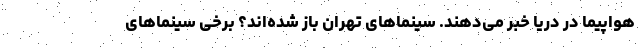
هواپیما در دریا خبر می‌دهند. سینماهای تهران باز شده‌اند؟ برخی سینماهای